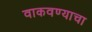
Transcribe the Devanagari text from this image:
वाकवण्याचा